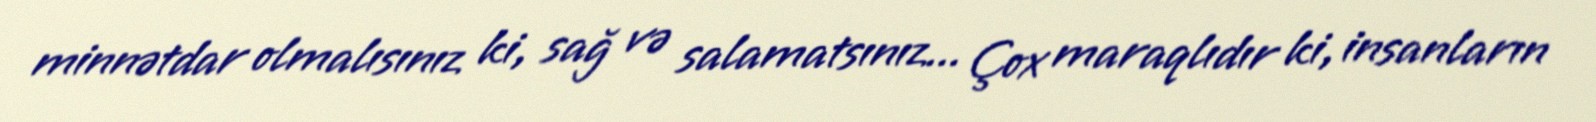
minnətdar olmalısınız ki, sağ və salamatsınız... Çox maraqlıdır ki, insanların